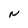
Character: N